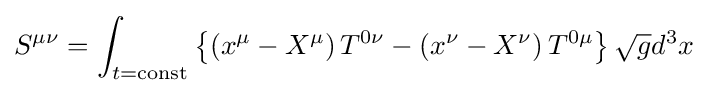
S^{\mu \nu }=\int _{t={\text{const}}}\left\{\left(x^{\mu }-X^{\mu }\right)T^{0\nu }-\left(x^{\nu }-X^{\nu }\right)T^{0\mu }\right\}{\sqrt {g}}d^{3}x